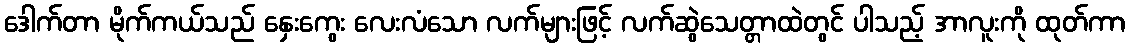
ဒေါက်တာ မိုက်ကယ်သည် နှေးကွေး လေးလံသော လက်များဖြင့် လက်ဆွဲသေတ္တာထဲတွင် ပါသည့် အာလူးကို ထုတ်ကာ